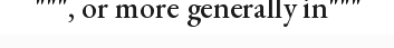
""", or more generally in"""